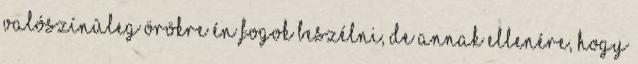
valószínûleg örökre én fogok beszélni, de annak ellenére, hogy